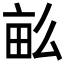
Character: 𤱔